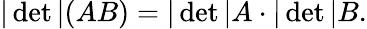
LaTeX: |\operatorname*{det}|(AB)=|\operatorname*{det}|A\cdot|\operatorname*{det}|B.